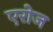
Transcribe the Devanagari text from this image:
एरोज